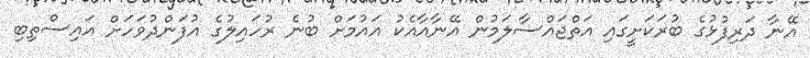
އޭނާ ދަރިފުޅުގެ ބުރަކަށީގައި އަތްޖައްސާލަމުން އޭނާއާއެކު އައުމަށް ބުނެ ރުހައިލުގެ އުފަންދުވަހަށް އައިސްތިބި